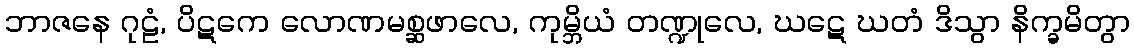
ဘာဇနေ ဂုဠံ, ပိဋကေ လောဏမစ္ဆဖာလေ, ကုမ္ဘိယံ တဏ္ဍုလေ, ဃဋေ ဃတံ ဒိသွာ နိက္ခမိတွာ